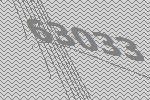
63033